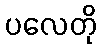
ပလေတို